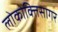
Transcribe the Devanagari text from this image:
लोकोक्तिसागर